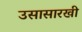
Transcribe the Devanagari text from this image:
उसासारखी